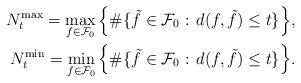
LaTeX: \begin{align*}N_{t}^{\max}= \max_{f\in\mathcal{F}_0}\Big\{\#\{ \tilde{f}\in\mathcal{F}_0:\, d(f,\tilde{f})\leq t\} \Big\},\\N_{t}^{\min}= \min_{f\in\mathcal{F}_0}\Big\{\#\{ \tilde{f}\in\mathcal{F}_0:\, d(f,\tilde{f})\leq t\} \Big\}.\end{align*}